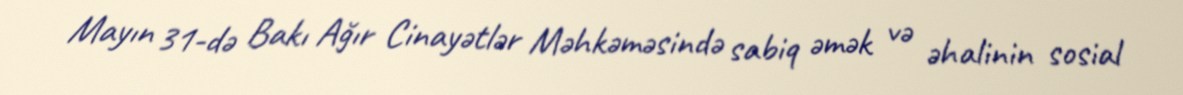
Mayın 31-də Bakı Ağır Cinayətlər Məhkəməsində sabiq əmək və əhalinin sosial